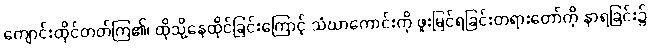
ကျောင်းထိုင်တတ်ကြ၏၊ ထိုသို့နေထိုင်ခြင်းကြောင့် သံဃာကောင်းကို ဖူးမြင်ရခြင်းတရားတော်ကို နာရခြင်း၌